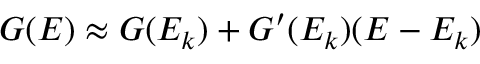
G ( E ) \approx G ( E _ { k } ) + G ^ { \prime } ( E _ { k } ) ( E - E _ { k } )